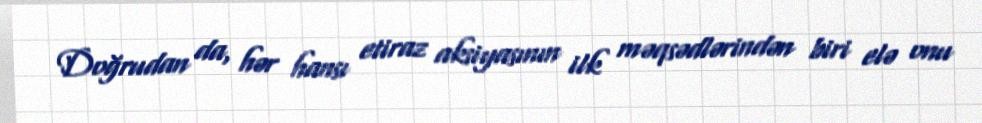
Doğrudan da, hər hansı etiraz aksiyasının ilk məqsədlərindən biri elə onu